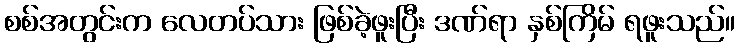
စစ်အတွင်းက လေတပ်သား ဖြစ်ခဲ့ဖူးပြီး ဒဏ်ရာ နှစ်ကြိမ် ရဖူးသည်။